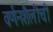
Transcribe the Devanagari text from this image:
वर्णनशैलीची